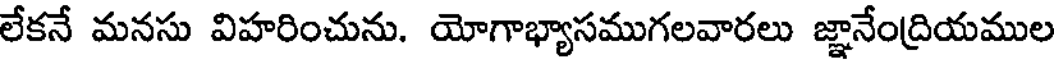
లేకనే మనసు విహరించును. యోగాభ్యాసముగలవారలు జ్ఞానేంద్రియముల